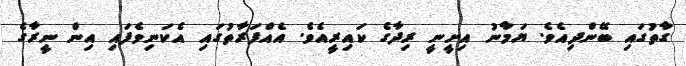
ގާތުގައި ބޭންދިއެވެ. ޔަމާނު އިށީނީ ރިދާގެ ކައިރީއެވެ. އެއްފަރާތުގައި އެކަނިވެފައި އިން ނީރާގެ